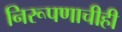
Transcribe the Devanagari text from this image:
निरूपणाचीही